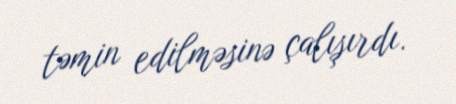
təmin edilməsinə çalışırdı.